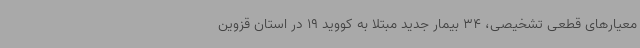
معیارهای قطعی تشخیصی، 34 بیمار جدید مبتلا به کووید 19 در استان قزوین